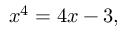
x ^ { 4 } = 4 x - 3 ,